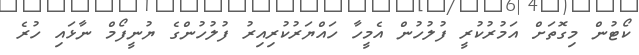
ކޯޓުން މިގޮތަށް އަމުރުކުރީ ފުލުހުން އެމީހާ ހައްޔަރުކުރިއިރު ފުލުހުންގެ ޔުނީފޯމް ނާޅައި ހުރެ